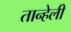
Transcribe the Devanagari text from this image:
तान्हेली